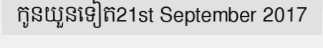
កូនយួនទៀត21st September 2017